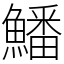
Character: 鱕